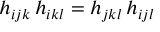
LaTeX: h _ { i j k } \, h _ { i k l } = h _ { j k l } \, h _ { i j l }